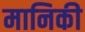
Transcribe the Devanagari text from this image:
मानिकी